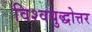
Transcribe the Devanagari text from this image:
विश्वयुद्धोत्तर